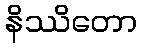
နိဿိတော